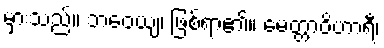
မှားသည်။ ဘဝေယျ၊ ဖြစ်ရာ၏။ မေတ္တာဝိဟာရီ၊